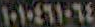
١٠١٠٤٦١٠٦٤